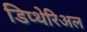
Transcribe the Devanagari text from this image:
डिप्थेरिअल